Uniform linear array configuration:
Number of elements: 8
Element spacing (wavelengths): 1
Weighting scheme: hann
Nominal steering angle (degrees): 60
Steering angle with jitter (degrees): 60.675
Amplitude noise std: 0.05
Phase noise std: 0.05

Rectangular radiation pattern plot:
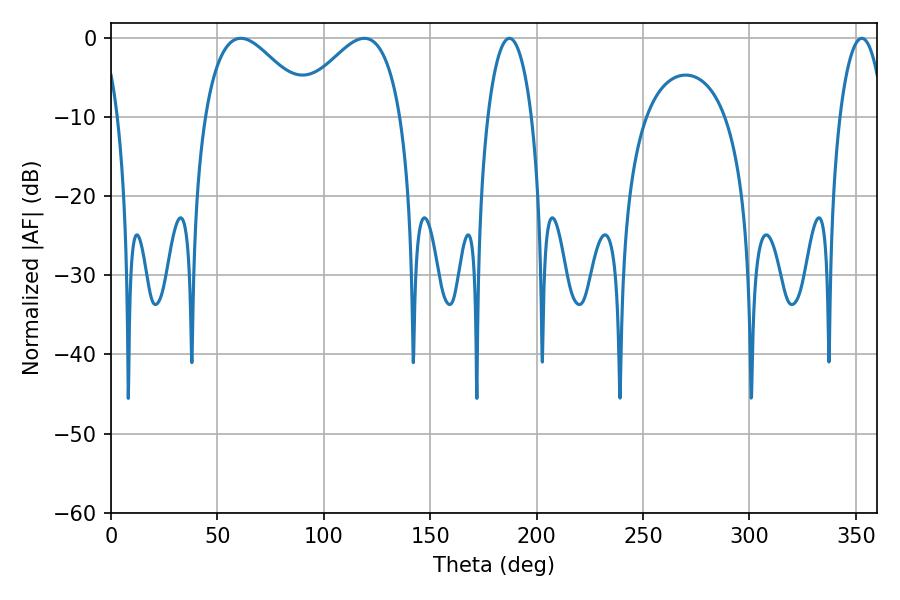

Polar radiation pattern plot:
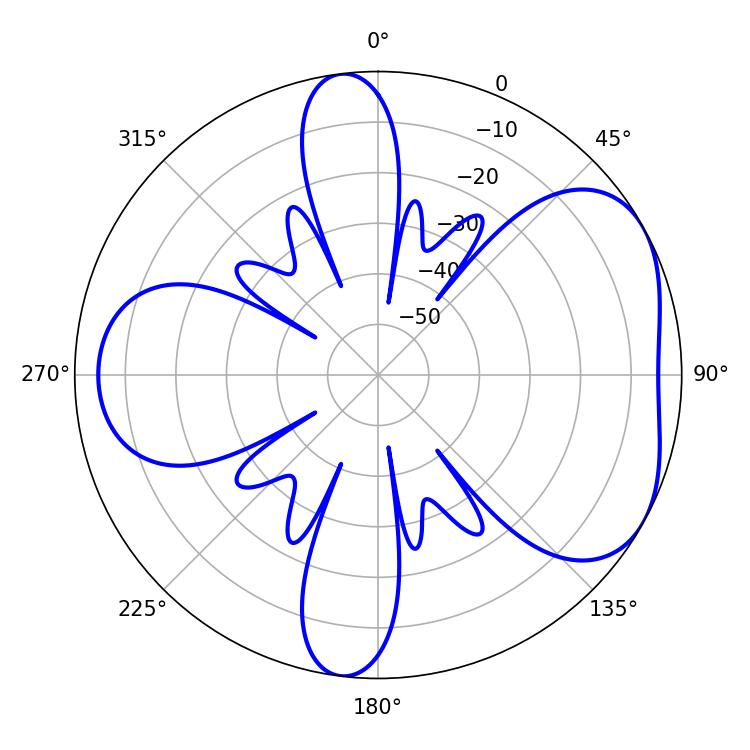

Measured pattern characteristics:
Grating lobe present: TRUE
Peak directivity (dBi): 4.824
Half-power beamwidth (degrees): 11.52
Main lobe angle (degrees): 187.2